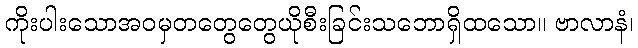
ကိုးပါးသောအဝမှတတွေတွေယိုစီးခြင်းသဘောရှိထသော။ ဗာလာနံ၊